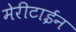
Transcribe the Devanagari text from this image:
मेरीटाईन